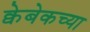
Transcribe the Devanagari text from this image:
क्वेबेकच्या